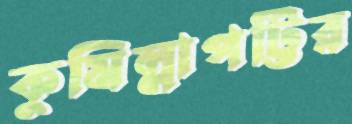
কুমিল্লাপট্টির